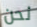
نحن